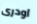
اودرى